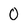
Character: 0